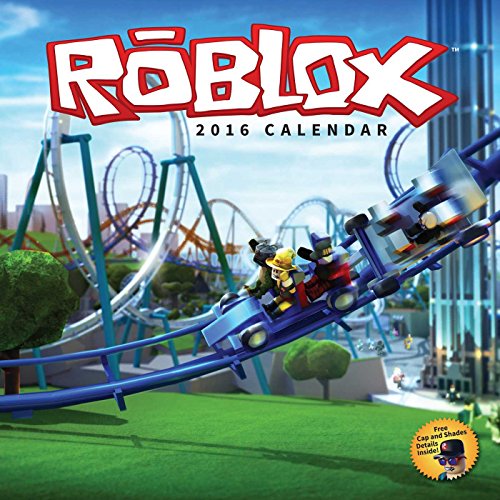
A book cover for Roblox 2016 Wall Calendar; Roblox.com; Calendars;